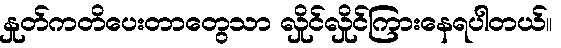
နှုတ်ကတိပေးတာတွေသာ လှိုင်လှိုင်ကြားနေရပါတယ်။